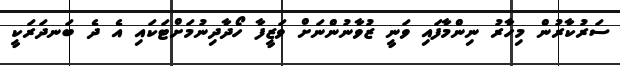
ސަރުކާރުން މިހާރު ނިންމާފައި ވަނީ ޒުވާނުންނަށް ވަޒީފާ ހޯދާދިނުމަށްޓަކައި އެ ދެ ބަނދަރަކީ